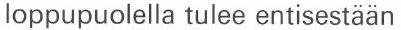
loppupuolella tulee entisestään